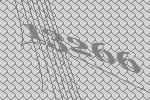
13266